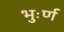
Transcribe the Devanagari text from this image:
भुःर्ण